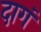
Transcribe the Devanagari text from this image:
दागं